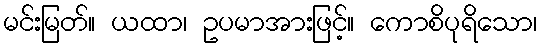
မင်းမြတ်။ ယထာ၊ ဥပမာအားဖြင့်။ ကောစိပုရိသော၊